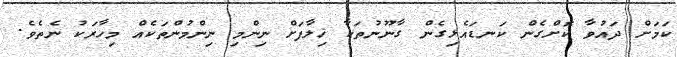
ކަމަށް ދައުވާ ކޮށްގެން ކަނޑައެޅިގެން ގާނޫނުތަކާ ޚިލާފަށް ނިންމި ނިންމުންތަކެއް މިހާރަކު ނެތެވެ.